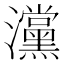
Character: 灙